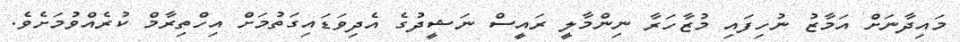
މައިދާނަށް އަމާޒު ނުހިފައި މުޒާހަރާ ނިންމާލީ ރައީސް ނަޝީދުގެ އެދިވަޑައިގަތުމަށް އިހްތިރާމް ކުރެއްވުމަށެވެ.